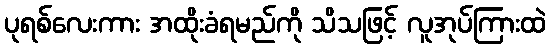
ပုရစ်လေးကား အထိုးခံရမည်ကို သိသဖြင့် လူအုပ်ကြားထဲ